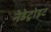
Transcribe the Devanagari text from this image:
नेडेट्रोइट